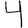
Digit: 4